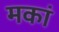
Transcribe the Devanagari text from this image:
मकां